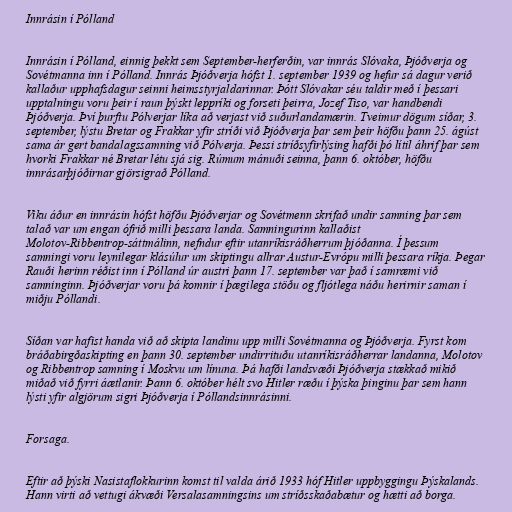
Innrásin í Pólland

Innrásin í Pólland, einnig þekkt sem September-herferðin, var innrás Slóvaka, Þjóðverja og
Sovétmanna inn í Pólland. Innrás Þjóðverja hófst 1. september 1939 og hefur sá dagur verið
kallaður upphafsdagur seinni heimsstyrjaldarinnar. Þótt Slóvakar séu taldir með í þessari
upptalningu voru þeir í raun þýskt leppríki og forseti þeirra, Jozef Tiso, var handbendi
Þjóðverja. Því þurftu Pólverjar líka að verjast við suðurlandamærin. Tveimur dögum síðar, 3.
september, lýstu Bretar og Frakkar yfir stríði við Þjóðverja þar sem þeir höfðu þann 25. ágúst
sama ár gert bandalagssamning við Pólverja. Þessi stríðsyfirlýsing hafði þó lítil áhrif þar sem
hvorki Frakkar né Bretar létu sjá sig. Rúmum mánuði seinna, þann 6. október, höfðu
innrásarþjóðirnar gjörsigrað Pólland.

Viku áður en innrásin hófst höfðu Þjóðverjar og Sovétmenn skrifað undir samning þar sem
talað var um engan ófrið milli þessara landa. Samningurinn kallaðist
Molotov-Ribbentrop-sáttmálinn, nefndur eftir utanríkisráðherrum þjóðanna. Í þessum
samningi voru leynilegar klásúlur um skiptingu allrar Austur-Evrópu milli þessara ríkja. Þegar
Rauði herinn réðist inn í Pólland úr austri þann 17. september var það í samræmi við
samninginn. Þjóðverjar voru þá komnir í þægilega stöðu og fljótlega náðu herirnir saman í
miðju Póllandi.

Síðan var hafist handa við að skipta landinu upp milli Sovétmanna og Þjóðverja. Fyrst kom
bráðabirgðaskipting en þann 30. september undirrituðu utanríkisráðherrar landanna, Molotov
og Ribbentrop samning í Moskvu um línuna. Þá hafði landsvæði Þjóðverja stækkað mikið
miðað við fyrri áætlanir. Þann 6. október hélt svo Hitler ræðu í þýska þinginu þar sem hann
lýsti yfir algjörum sigri Þjóðverja í Póllandsinnrásinni.

Forsaga.

Eftir að þýski Nasistaflokkurinn komst til valda árið 1933 hóf Hitler uppbyggingu Þýskalands.
Hann virti að vettugi ákvæði Versalasamningsins um stríðsskaðabætur og hætti að borga.